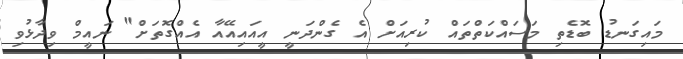
މައިގަނޑު ބޮޑެތި މަސައްކަތްތައް ކުރިއަށް އެ ގެންދަނީ އީއައިއޭއާ އެއްގޮތަށް" ނައީމް ވިދާޅުވި